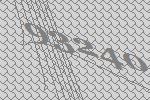
93240